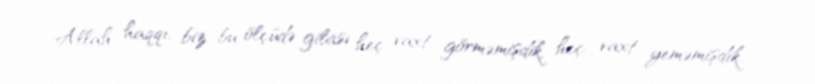
Allah haqqı, biz bu ölçüdə gilası heç vaxt görməmişdik, heç vaxt yeməmişdik..